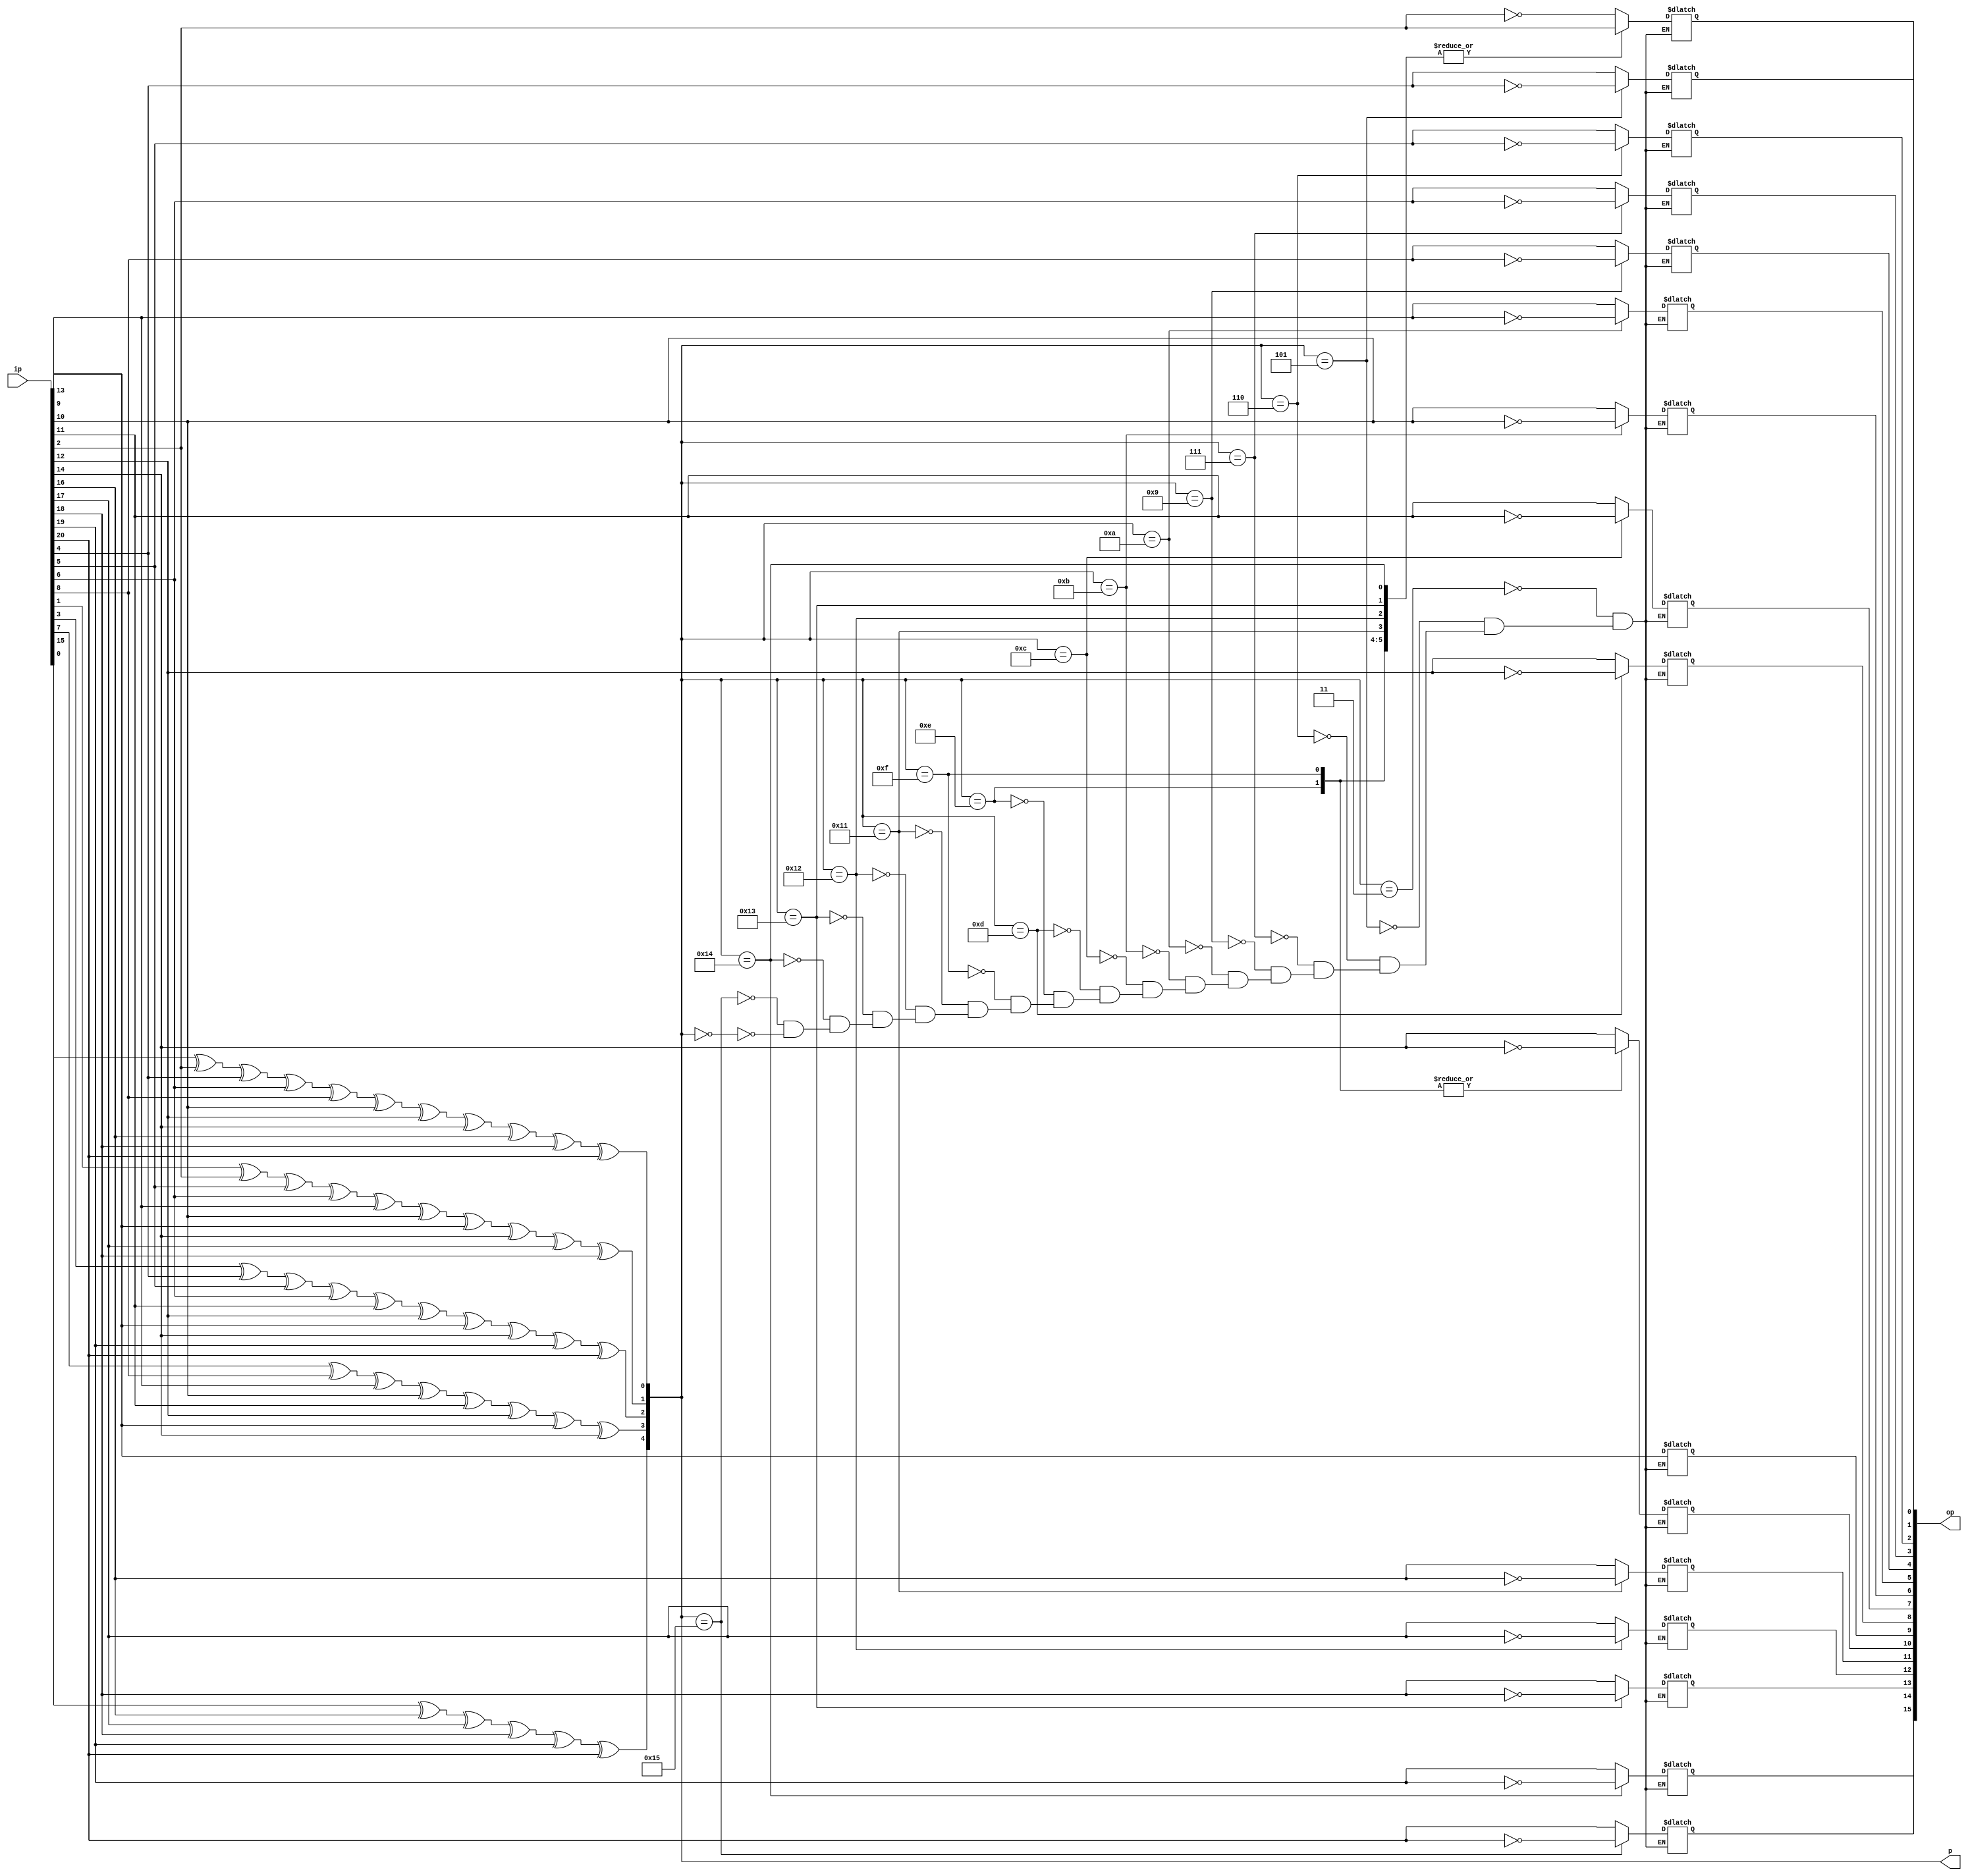
module hamming_decoder(
	input [20:0] ip,
	output reg [15:0] op,
   output reg [4:0] p
	);
reg [20:0] e;
always @(ip) begin
e=ip;
p[0]=e[0]^e[2]^e[4]^e[6]^e[8]^e[10]^e[12]^e[14]^e[16]^e[18]^e[20];
p[1]=e[1]^e[2]^e[5]^e[6]^e[9]^e[10]^e[13]^e[14]^e[17]^e[18];
p[2]=e[3]^e[4]^e[5]^e[6]^e[11]^e[12]^e[13]^e[14]^e[19]^e[20];
p[3]=e[7]^e[8]^e[9]^e[10]^e[11]^e[12]^e[13]^e[14];
p[4]=e[15]^e[16]^e[17]^e[18]^e[19]^e[20];

case(p) 

5'd3: begin 
op[0]=~e[2];
op[1]=e[4];
op[2]=e[5];
op[3]=e[6];
op[4]=e[8];
op[5]=e[9];
op[6]=e[10];
op[7]=e[11];
op[8]=e[12];
op[9]=e[13];
op[10]=e[14];
op[11]=e[16];
op[12]=e[17];
op[13]=e[18];
op[14]=e[19];
op[15]=e[20];
end
5'd5: begin
op[0]=e[2];
op[1]=~e[4];
op[2]=e[5];
op[3]=e[6];
op[4]=e[8];
op[5]=e[9];
op[6]=e[10];
op[7]=e[11];
op[8]=e[12];
op[9]=e[13];
op[10]=e[14];
op[11]=e[16];
op[12]=e[17];
op[13]=e[18];
op[14]=e[19];
op[15]=e[20];
end
5'd6: begin
op[0]=e[2];
op[1]=e[4];
op[2]=~e[5];
op[3]=e[6];
op[4]=e[8];
op[5]=e[9];
op[6]=e[10];
op[7]=e[11];
op[8]=e[12];
op[9]=e[13];
op[10]=e[14];
op[11]=e[16];
op[12]=e[17];
op[13]=e[18];
op[14]=e[19];
op[15]=e[20];
end

5'd7: begin
	
op[0]=e[2];
op[1]=e[4];
op[2]=e[5];
op[3]=~e[6];
op[4]=e[8];
op[5]=e[9];
op[6]=e[10];
op[7]=e[11];
op[8]=e[12];
op[9]=e[13];
op[10]=e[14];
op[11]=e[16];
op[12]=e[17];
op[13]=e[18];
op[14]=e[19];
op[15]=e[20];
end

5'd9: begin
	
op[0]=e[2];
op[1]=e[4];
op[2]=e[5];
op[3]=e[6];
op[4]=~e[8];
op[5]=e[9];
op[6]=e[10];
op[7]=e[11];
op[8]=e[12];
op[9]=e[13];
op[10]=e[14];
op[11]=e[16];
op[12]=e[17];
op[13]=e[18];
op[14]=e[19];
op[15]=e[20];
end

5'd10: begin
	
op[0]=e[2];
op[1]=e[4];
op[2]=e[5];
op[3]=e[6];
op[4]=e[8];
op[5]=~e[9];
op[6]=e[10];
op[7]=e[11];
op[8]=e[12];
op[9]=e[13];
op[10]=e[14];
op[11]=e[16];
op[12]=e[17];
op[13]=e[18];
op[14]=e[19];
op[15]=e[20];
end

5'd11: begin
	
op[0]=e[2];
op[1]=e[4];
op[2]=e[5];
op[3]=e[6];
op[4]=e[8];
op[5]=e[9];
op[6]=~e[10];
op[7]=e[11];
op[8]=e[12];
op[9]=e[13];
op[10]=e[14];
op[11]=e[16];
op[12]=e[17];
op[13]=e[18];
op[14]=e[19];
op[15]=e[20];
end

5'd12: begin
	
op[0]=e[2];
op[1]=e[4];
op[2]=e[5];
op[3]=e[6];
op[4]=e[8];
op[5]=e[9];
op[6]=e[10];
op[7]=~e[11];
op[8]=e[12];
op[9]=e[13];
op[10]=e[14];
op[11]=e[16];
op[12]=e[17];
op[13]=e[18];
op[14]=e[19];
op[15]=e[20];
end

5'd13: begin
	
op[0]=e[2];
op[1]=e[4];
op[2]=e[5];
op[3]=e[6];
op[4]=e[8];
op[5]=e[9];
op[6]=e[10];
op[7]=e[11];
op[8]=~e[12];
op[9]=e[13];
op[10]=e[14];
op[11]=e[16];
op[12]=e[17];
op[13]=e[18];
op[14]=e[19];
op[15]=e[20];
end

5'd14: begin
	
op[0]=e[2];
op[1]=e[4];
op[2]=e[5];
op[3]=e[6];
op[4]=e[8];
op[5]=e[9];
op[6]=e[10];
op[7]=e[11];
op[8]=e[12];
op[9]=e[13];
op[10]=~e[14];
op[11]=e[16];
op[12]=e[17];
op[13]=e[18];
op[14]=e[19];
op[15]=e[20];
end

5'd15: begin
	
op[0]=e[2];
op[1]=e[4];
op[2]=e[5];
op[3]=e[6];
op[4]=e[8];
op[5]=e[9];
op[6]=e[10];
op[7]=e[11];
op[8]=e[12];
op[9]=e[13];
op[10]=~e[14];
op[11]=e[16];
op[12]=e[17];
op[13]=e[18];
op[14]=e[19];
op[15]=e[20];
end
5'd17: begin
	
op[0]=e[2];
op[1]=e[4];
op[2]=e[5];
op[3]=e[6];
op[4]=e[8];
op[5]=e[9];
op[6]=e[10];
op[7]=e[11];
op[8]=e[12];
op[9]=e[13];
op[10]=e[14];
op[11]=~e[16];
op[12]=e[17];
op[13]=e[18];
op[14]=e[19];
op[15]=e[20];
end

5'd18: begin
	
op[0]=e[2];
op[1]=e[4];
op[2]=e[5];
op[3]=e[6];
op[4]=e[8];
op[5]=e[9];
op[6]=e[10];
op[7]=e[11];
op[8]=e[12];
op[9]=e[13];
op[10]=e[14];
op[11]=e[16];
op[12]=~e[17];
op[13]=e[18];
op[14]=e[19];
op[15]=e[20];
end

5'd19: begin
	
op[0]=e[2];
op[1]=e[4];
op[2]=e[5];
op[3]=e[6];
op[4]=e[8];
op[5]=e[9];
op[6]=e[10];
op[7]=e[11];
op[8]=e[12];
op[9]=e[13];
op[10]=e[14];
op[11]=e[16];
op[12]=e[17];
op[13]=~e[18];
op[14]=e[19];
op[15]=e[20];
end

5'd20: begin
	
op[0]=e[2];
op[1]=e[4];
op[2]=e[5];
op[3]=e[6];
op[4]=e[8];
op[5]=e[9];
op[6]=e[10];
op[7]=e[11];
op[8]=e[12];
op[9]=e[13];
op[10]=e[14];
op[11]=e[16];
op[12]=e[17];
op[13]=e[18];
op[14]=~e[19];
op[15]=e[20];
end

5'd21: begin
	
op[0]=e[2];
op[1]=e[4];
op[2]=e[5];
op[3]=e[6];
op[4]=e[8];
op[5]=e[9];
op[6]=e[10];
op[7]=e[11];
op[8]=e[12];
op[9]=e[13];
op[10]=e[14];
op[11]=e[16];
op[12]=e[17];
op[13]=e[18];
op[14]=e[19];
op[15]=~e[20];
end

5'd0: begin
op[0]=e[2];
op[1]=e[4];
op[2]=e[5];
op[3]=e[6];
op[4]=e[8];
op[5]=e[9];
op[6]=e[10];
op[7]=e[11];
op[8]=e[12];
op[9]=e[13];
op[10]=e[14];
op[11]=e[16];
op[12]=e[17];
op[13]=e[18];
op[14]=e[19];
op[15]=e[20];
end

endcase
end
endmodule
//010100111100001101100